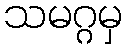
သမဂ္ဂမှ